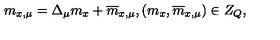
m _ { x , \mu } = \Delta _ { \mu } m _ { x } + \overline { { m } } _ { x , \mu } , ( m _ { x } , \overline { { m } } _ { x , \mu } ) \in Z _ { Q } ,